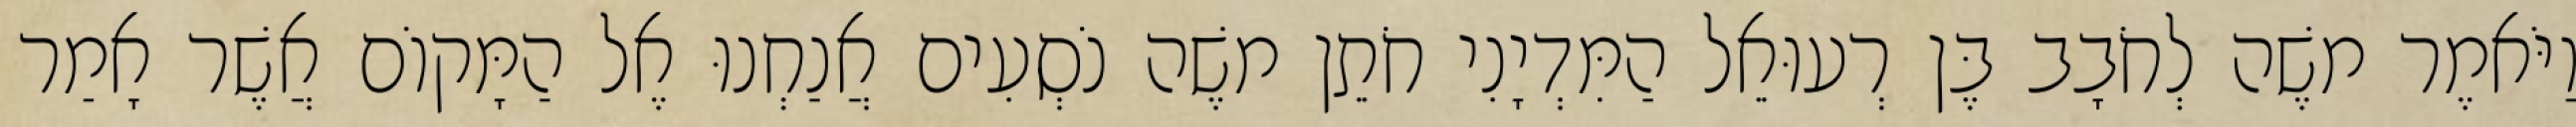
וַיֹּאמֶר משֶׁה לְחֹבָב בֶּן רְעוּאֵל הַמִּדְיָנִי חֹתֵן משֶׁה נֹסְעִים אֲנַחְנוּ אֶל הַמָּקוֹם אֲשֶׁר אָמַר